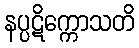
နပ္ပဋိက္ကောသတိ